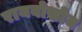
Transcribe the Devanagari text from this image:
रायबोसोम